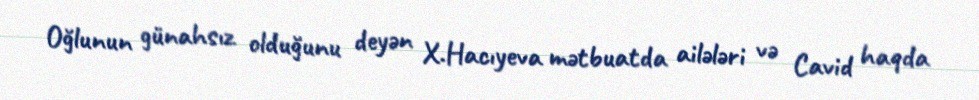
Oğlunun günahsız olduğunu deyən X.Hacıyeva mətbuatda ailələri və Cavid haqda